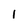
Character: 1